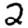
Digit: 2